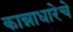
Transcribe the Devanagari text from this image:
कान्नाधारेचे